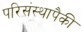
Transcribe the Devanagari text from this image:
परिसंस्थापैकी